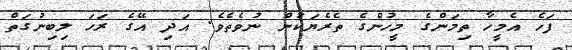
ފަހެ އެމީހާ ތިމަންގެ މީހުންގެ ތެރެޔަކުން ނުވެތެވެ. އަދި އޭގެ ރަހަ ލިބިނުގަތް